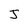
Character: J